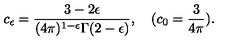
c _ { \epsilon } = \frac { 3 - 2 \epsilon } { ( 4 \pi ) ^ { 1 - \epsilon } \Gamma ( 2 - \epsilon ) } , \quad ( c _ { 0 } = \frac { 3 } { 4 \pi } ) .